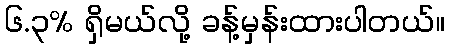
၆.၃% ရှိမယ်လို့ ခန့်မှန်းထားပါတယ်။